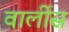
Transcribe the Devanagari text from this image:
वार्लीस